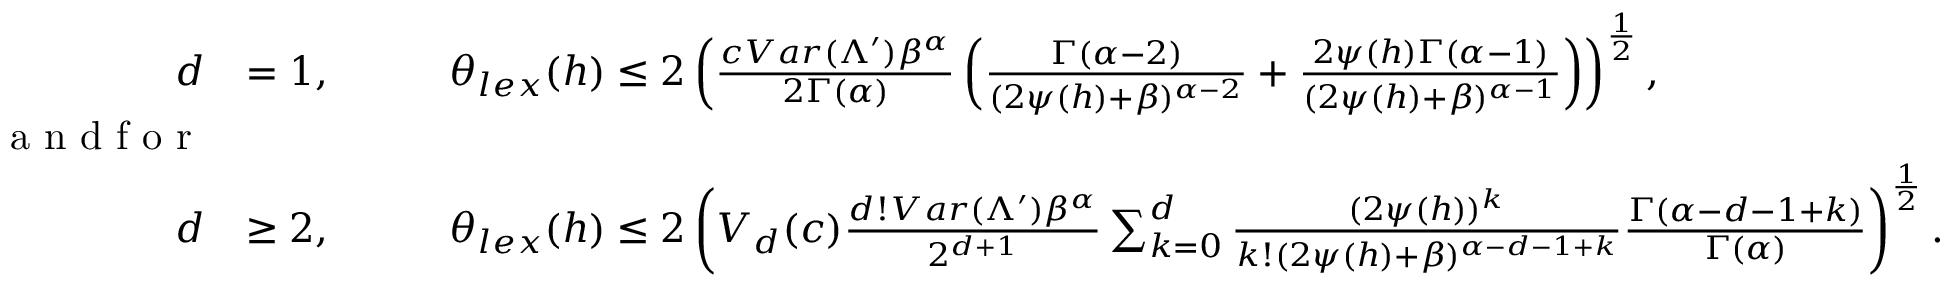
\begin{array} { r l r l } { d } & { = 1 , \quad } & & { \theta _ { l e x } ( h ) \leq 2 \left( \frac { c V a r ( \Lambda ^ { \prime } ) \beta ^ { \alpha } } { 2 \Gamma ( \alpha ) } \left( \frac { \Gamma ( \alpha - 2 ) } { ( 2 \psi ( h ) + \beta ) ^ { \alpha - 2 } } + \frac { 2 \psi ( h ) \Gamma ( \alpha - 1 ) } { ( 2 \psi ( h ) + \beta ) ^ { \alpha - 1 } } \right) \right) ^ { \frac { 1 } { 2 } } , } \\ { \textrm { a n d f o r } } & { } & & { } \\ { d } & { \geq 2 , \quad } & & { \theta _ { l e x } ( h ) \leq 2 \left( V _ { d } ( c ) \frac { d ! V a r ( \Lambda ^ { \prime } ) \beta ^ { \alpha } } { 2 ^ { d + 1 } } \sum _ { k = 0 } ^ { d } \frac { ( 2 \psi ( h ) ) ^ { k } } { k ! ( 2 \psi ( h ) + \beta ) ^ { \alpha - d - 1 + k } } \frac { \Gamma ( \alpha - d - 1 + k ) } { \Gamma ( \alpha ) } \right) ^ { \frac { 1 } { 2 } } . } \end{array}